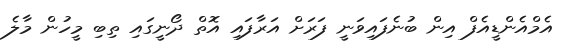
އެމްއެންޑީއެފް އިން ބުނެފައިވަނީ ފަރަށް އަރާފައި އޮތް ދޯނީގައި ތިބި މީހުން މާލެ